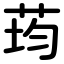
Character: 荺